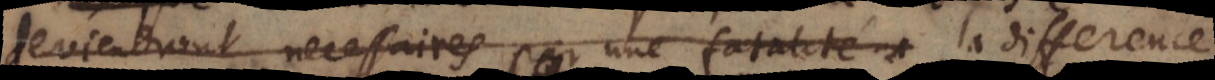
deviendront necessaires par une fatalité la difference